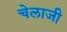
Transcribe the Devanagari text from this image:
चेलाजी